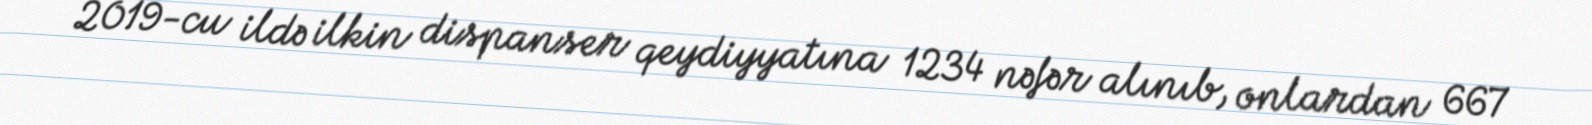
2019-cu ildə ilkin dispanser qeydiyyatına 1234 nəfər alınıb, onlardan 667